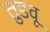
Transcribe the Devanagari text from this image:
तुडवू